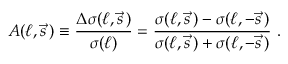
A ( \ell , \vec { s } \, ) \equiv \frac { \Delta \sigma ( \ell , \vec { s } \, ) } { \sigma ( \ell ) } = \frac { \sigma ( \ell , \vec { s } \, ) - \sigma ( \ell , - \vec { s } \, ) } { \sigma ( \ell , \vec { s } \, ) + \sigma ( \ell , - \vec { s } \, ) } \ .